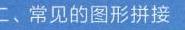
\section{二、常见的图形拼接}